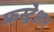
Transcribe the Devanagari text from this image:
फ्रस्ट्रेशन